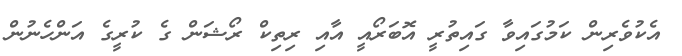
އެކުވެރިން ކަމުގައިވާ ގައިތުރީ އޮބަރޯއީ އާއި ރިތިކް ރޯޝަން ގެ ކުރީގެ އަންހެނުން